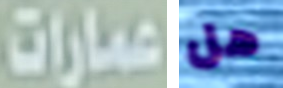
عمارات هل